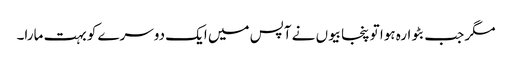
مگر جب بٹوارہ ہوا تو پنجابیوں نے آپس میں ایک دوسرے کو بہت مارا۔